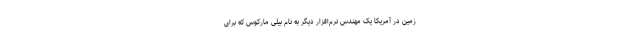
زمین در آمریکا یک مهندس نرم‌افزار دیگر به نام بیلی مارکوس که برای